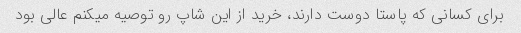
برای کسانی که پاستا دوست دارند، خرید از این شاپ رو توصیه میکنم عالی بود